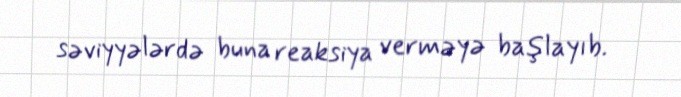
səviyyələrdə buna reaksiya verməyə başlayıb.